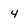
Character: 4